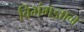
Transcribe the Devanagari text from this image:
विभंगज्ञान